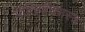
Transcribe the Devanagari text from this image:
भौतिकीशास्त्र